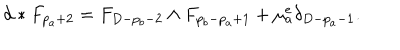
LaTeX: d * F _ { p _ { a } + 2 } = F _ { D - p _ { b } - 2 } \wedge F _ { p _ { b } - p _ { a } + 1 } + \mu _ { a } ^ { e } \delta _ { D - p _ { a } - 1 } .